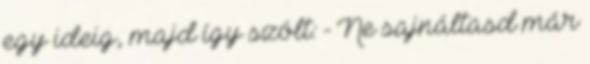
egy ideig, majd így szólt: - Ne sajnáltasd már